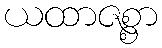
ယထာဇစ္စာ